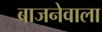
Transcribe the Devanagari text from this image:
बाजनेवाला